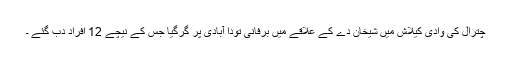
چترال کی وادی کیلاش میں شیخان دے کے علاقے میں برفانی تودا آبادی پر گرگیا جس کے نیچے 12 افراد دب گئے ۔